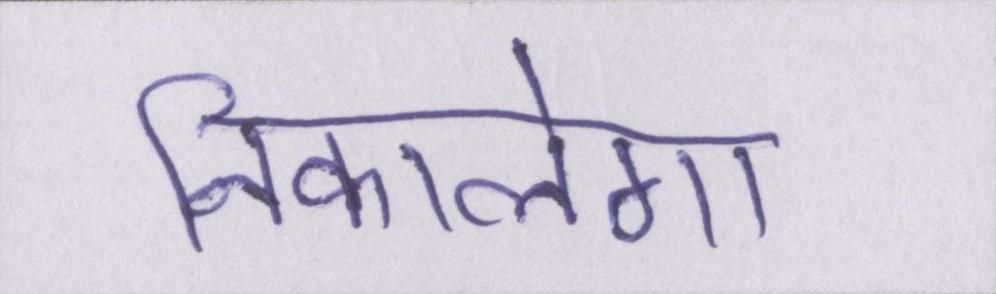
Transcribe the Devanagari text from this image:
निकालेगा